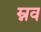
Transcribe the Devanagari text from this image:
म्नव